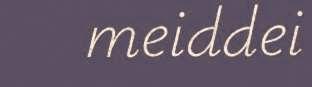
meiddei